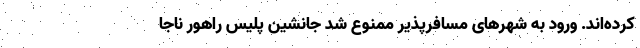
کرده‌اند. ورود به شهرهای مسافرپذیر ممنوع شد جانشین پلیس راهور ناجا